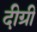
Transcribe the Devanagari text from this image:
दीग्री